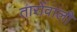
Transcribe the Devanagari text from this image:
तारोंवाली